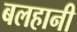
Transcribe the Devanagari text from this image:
बलहानी